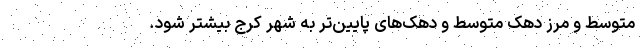
متوسط و مرز دهک متوسط و دهک‌‌های پایین‌‌تر به شهر کرج بیشتر شود.